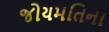
જોયમતિના